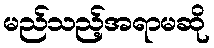
မည်သည့်အရာမဆို